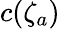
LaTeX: c(\zeta_{a})